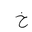
Letter: _kha